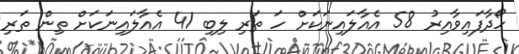
ހޯދާފައިވާއިރު 58 އެއާލައިނަކަށް ހަ ތަރި ލިބި 41 އެއާލައިނަކަށް ތިން ތަރި